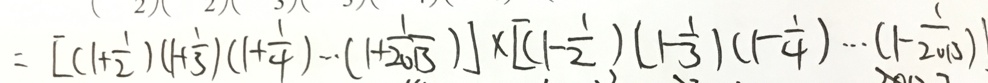
= [ ( 1 + \frac { 1 } { 2 } ) ( 1 + \frac { 1 } { 3 } ) ( 1 + \frac { 1 } { 4 } ) \cdots ( 1 + \frac { 1 } { 2 0 1 3 } ) ] \times [ ( 1 - \frac { 1 } { 2 } ) ( 1 - \frac { 1 } { 3 } ) ( 1 - \frac { 1 } { 4 } ) \cdots ( 1 - \frac { 1 } { 2 0 1 3 } ) ]